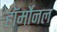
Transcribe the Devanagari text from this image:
हॉर्मोनल